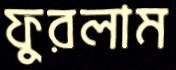
ফুরলাম